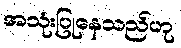
အသုံးပြုနေသည်ဟု